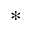
^ *